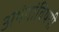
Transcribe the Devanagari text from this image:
अभंगांविषयी